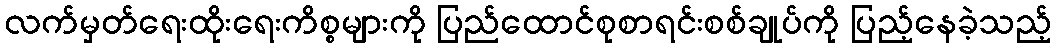
လက်မှတ်ရေးထိုးရေးကိစ္စများကို ပြည်ထောင်စုစာရင်းစစ်ချုပ်ကို ပြည့်နေခဲ့သည့်